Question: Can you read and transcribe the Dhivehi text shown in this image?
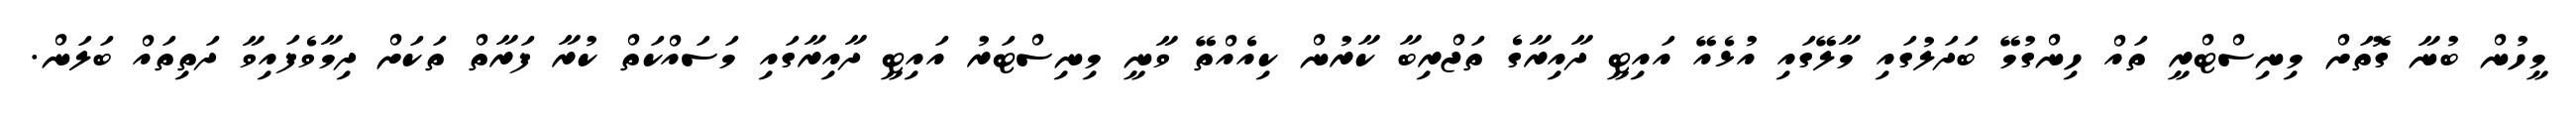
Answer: މީހުން ބުނާ ގޮތަށް މިނިސްޓްރީ ތައް ހިންގުމޭ ބަދަލުގައި މާލޭގައި އުޅެއޭ އައިޓީ ދާއިރާގެ ތަޖްރިބާ ކާރުން ކިއެއްތޭ ވާނީ މިނިސްޓަރު އައިޓީ ދާއިރާގައި މަސައްކަތް ކުރާ ފަރާތް ތަކަށް ދިމާވެފައިވާ ދަތިތައް ބަލަން.